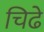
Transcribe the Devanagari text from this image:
चिढे